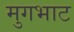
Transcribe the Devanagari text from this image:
मुगभाट